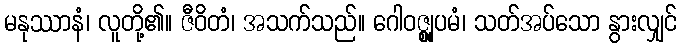
မနုဿာနံ၊ လူတို့၏။ ဇီဝိတံ၊ အသက်သည်။ ဂေါဝဇ္ဈူပမံ၊ သတ်အပ်သော နွားလျှင်